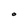
Character: 0